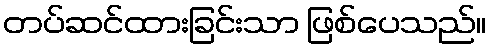
တပ်ဆင်ထားခြင်းသာ ဖြစ်ပေသည်။